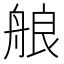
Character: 艆